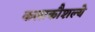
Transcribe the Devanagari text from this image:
कलाकौशल्ये